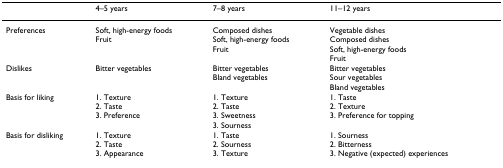
<table><thead><tr><td>[EMPTY_CELL]</td><td><b>4–5 years</b></td><td><b>7–8 years</b></td><td><b>11–12 years</b></td></tr></thead><tbody><tr><td>Preferences</td><td>Soft, high-energy foodsFruit</td><td>Composed dishesSoft, high-energy foodsFruit</td><td>Vegetable dishesComposed dishesSoft, high-energy foodsFruit</td></tr><tr><td>Dislikes</td><td>Bitter vegetables</td><td>Bitter vegetablesBland vegetables</td><td>Bitter vegetablesSour vegetablesBland vegetables</td></tr><tr><td>Basis for liking</td><td>1. Texture2. Taste3. Preference</td><td>1. Texture2. Taste3. Sweetness3. Sourness</td><td>1. Taste2. Texture3. Preference for topping</td></tr><tr><td>Basis for disliking</td><td>1. Texture2. Taste3. Appearance</td><td>1. Taste2. Sourness3. Texture</td><td>1. Sourness2. Bitterness3. Negative (expected) experiences</td></tr></tbody></table>